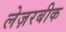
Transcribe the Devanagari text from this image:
लेज़रबीक